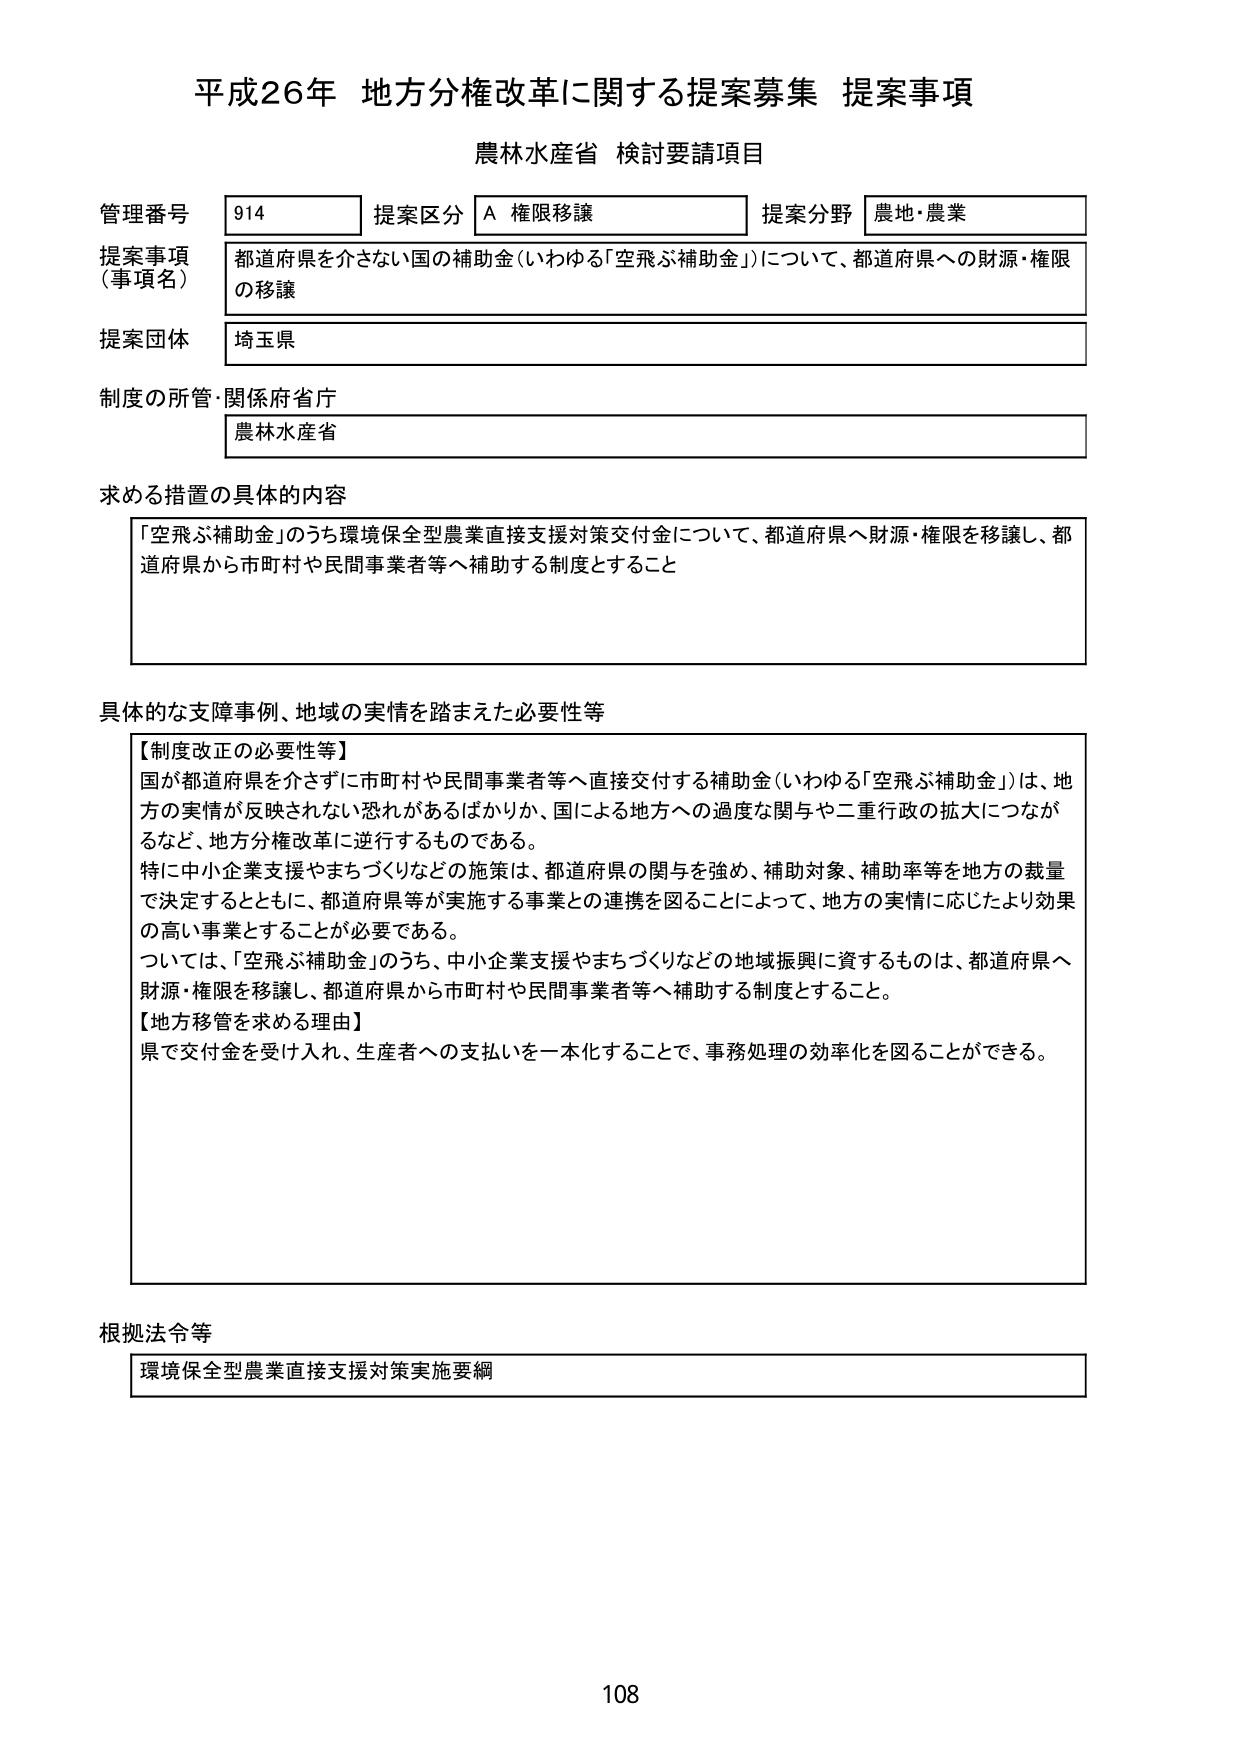
平成26年 地方分権改革に関する提案募集 提案事項
農林水産省 検討要請項目

管理番号 914
提案区分 A 権限移譲
提案分野 農地・農業

提案事項（事項名）
都道府県を介さない国の補助金（いわゆる「空飛ぶ補助金」）について、都道府県への財源・権限の移譲

提案団体
埼玉県

制度の所管・関係府省庁
農林水産省

求める措置の具体的な内容
「空飛ぶ補助金」のうち環境保全型農業直接支援対策交付金について、都道府県へ財源・権限を移譲し、都道府県から市町村や民間事業者等へ補助する制度とすること

具体的な支障事例、地域の実情を踏まえた必要性等
【制度改正の必要性等】
国が都道府県を介さずに市町村や民間事業者等へ直接交付する補助金（いわゆる「空飛ぶ補助金」）は、地方の実情が反映されない恐れがあるばかりか、国による地方への過度な関与や二重行政の拡大につながるなど、地方分権改革に逆行するものである。
特に中小企業支援やまちづくりなどの施策は、都道府県の関与を強め、補助対象、補助率等を地方の裁量で決定するとともに、都道府県等が実施する事業との連携を図ることによって、地方の実情に応じたより効果の高い事業とすることが必要である。
ついては、「空飛ぶ補助金」のうち、中小企業支援やまちづくりなどの地域振興に資するものは、都道府県へ財源・権限を移譲し、都道府県から市町村や民間事業者等へ補助する制度とすること。
【地方移管を求める理由】
県で交付金を受け入れ、生産者への支払いを一本化することで、事務処理の効率化を図ることができる。

根拠法令等
環境保全型農業直接支援対策実施要綱

108